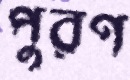
পুরণ